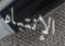
الإنتباه